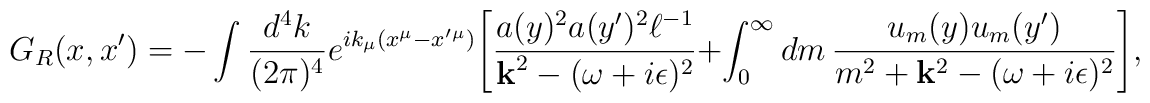
G_R(x,x')=-\int {d^4 k \over (2\pi)^4}e^{ik_{\mu}(x^{\mu}-x'{}^{\mu})}\Biggl[{a(y)^2 a(y')^2 \ell^{-1}\over {\bf k}^2-(\omega+i\epsilon)^2}+\int_0^{\infty} dm\, {u_m(y) u_m(y')\over m^2+{\bf k}^2-(\omega+i\epsilon)^2}\Biggr],